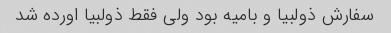
سفارش ذولبیا و بامیه بود ولی فقط ذولبیا اورده شد